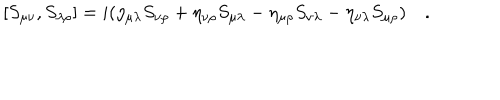
LaTeX: [ S _ { \mu \nu } , S _ { \lambda \rho } ] = i ( \eta _ { \mu \lambda } S _ { \nu \rho } + \eta _ { \nu \rho } S _ { \mu \lambda } - \eta _ { \mu \rho } S _ { \nu \lambda } - \eta _ { \nu \lambda } S _ { \mu \rho } ) ~ .